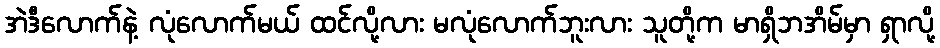
အဲဒီလောက်နဲ့ လုံလောက်မယ် ထင်လို့လား မလုံလောက်ဘူးလား သူတို့က မာရှိဘအိမ်မှာ ရှာလို့